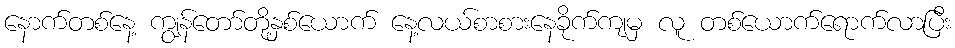
နောက်တစ်နေ့ ကျွန်တော်တို့နှစ်ယောက် နေ့လယ်စာစားနေခိုက်ကျမှ လူ တစ်ယောက်ရောက်လာပြီး